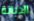
الديانة